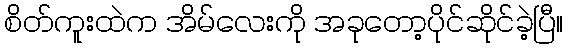
စိတ်ကူးထဲက အိမ်လေးကို အခုတော့ပိုင်ဆိုင်ခဲ့ပြီ။